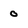
Character: o